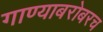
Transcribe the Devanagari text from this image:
गाण्याबरोबरच